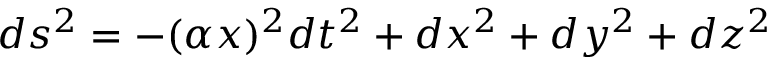
d s ^ { 2 } = - ( \alpha x ) ^ { 2 } d t ^ { 2 } + d x ^ { 2 } + d y ^ { 2 } + d z ^ { 2 }